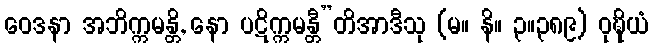
ဝေဒနာ အဘိက္ကမန္တိ, နော ပဋိက္ကမန္တီ”တိအာဒီသု (မ။ နိ။ ၃။၃၈၉) ဝုဍ္ဎိယံ